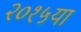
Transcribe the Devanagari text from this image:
२०१५या